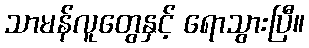
သာမန်လူတွေနှင့် ရောသွားပြီ။